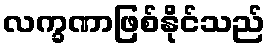
လက္ခဏာဖြစ်နိုင်သည်